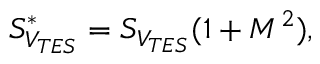
S _ { V _ { T E S } } ^ { \mathrm { * } } = S _ { V _ { T E S } } ( 1 + M ^ { 2 } ) ,